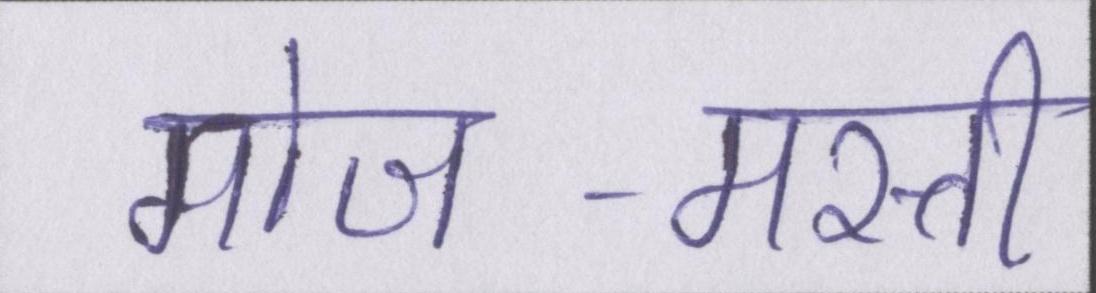
मोज-मस्ती